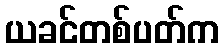
ယခင်တစ်ပတ်က